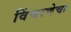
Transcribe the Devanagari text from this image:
विंचरणेचा